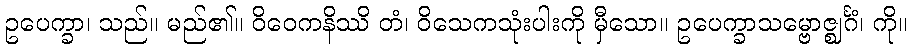
ဥပေက္ခာ၊ သည်။ မည်၏။ ဝိဝေကနိဿိ တံ၊ ဝိသေကသုံးပါးကို မှီသော။ ဥပေက္ခာသမ္ဗောဇ္ဈင်္ဂံ၊ ကို။